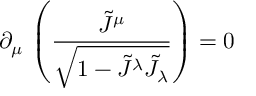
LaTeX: \partial _ { \mu } \, \left( \frac { \tilde { J } ^ { \mu } } { \sqrt { 1 - \tilde { J } ^ { \lambda } \tilde { J } _ { \lambda } } } \right) = 0